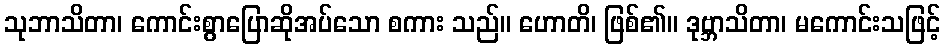
သုဘာသိတာ၊ ကောင်းစွာပြောဆိုအပ်သော စကား သည်။ ဟောတိ၊ ဖြစ်၏။ ဒုဗ္ဘာသိတာ၊ မကောင်းသဖြင့်